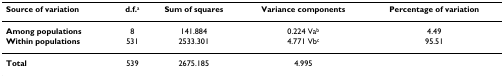
| Source of variation | d.f.a | Sum of squares | Variance components | Percentage of variation |
 | --- | --- | --- | --- | --- |
 | Among populations | 8 | 141.884 | 0.224 Vab | 4.49 |
 | Within populations | 531 | 2533.301 | 4.771 Vbc | 95.51 |
 | Total | 539 | 2675.185 | 4.995 |  |